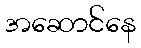
အဆောင်နေ